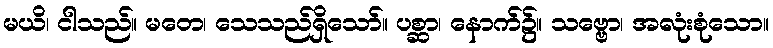
မယိ၊ ငါသည်။ မတေ၊ သေသည်ရှိသော်။ ပစ္ဆာ၊ နောက်၌။ သဗ္ဗော၊ အလုံးစုံသော။